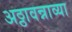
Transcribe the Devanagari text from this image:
अठ्ठावन्नाव्या